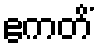
ဧကတိံ